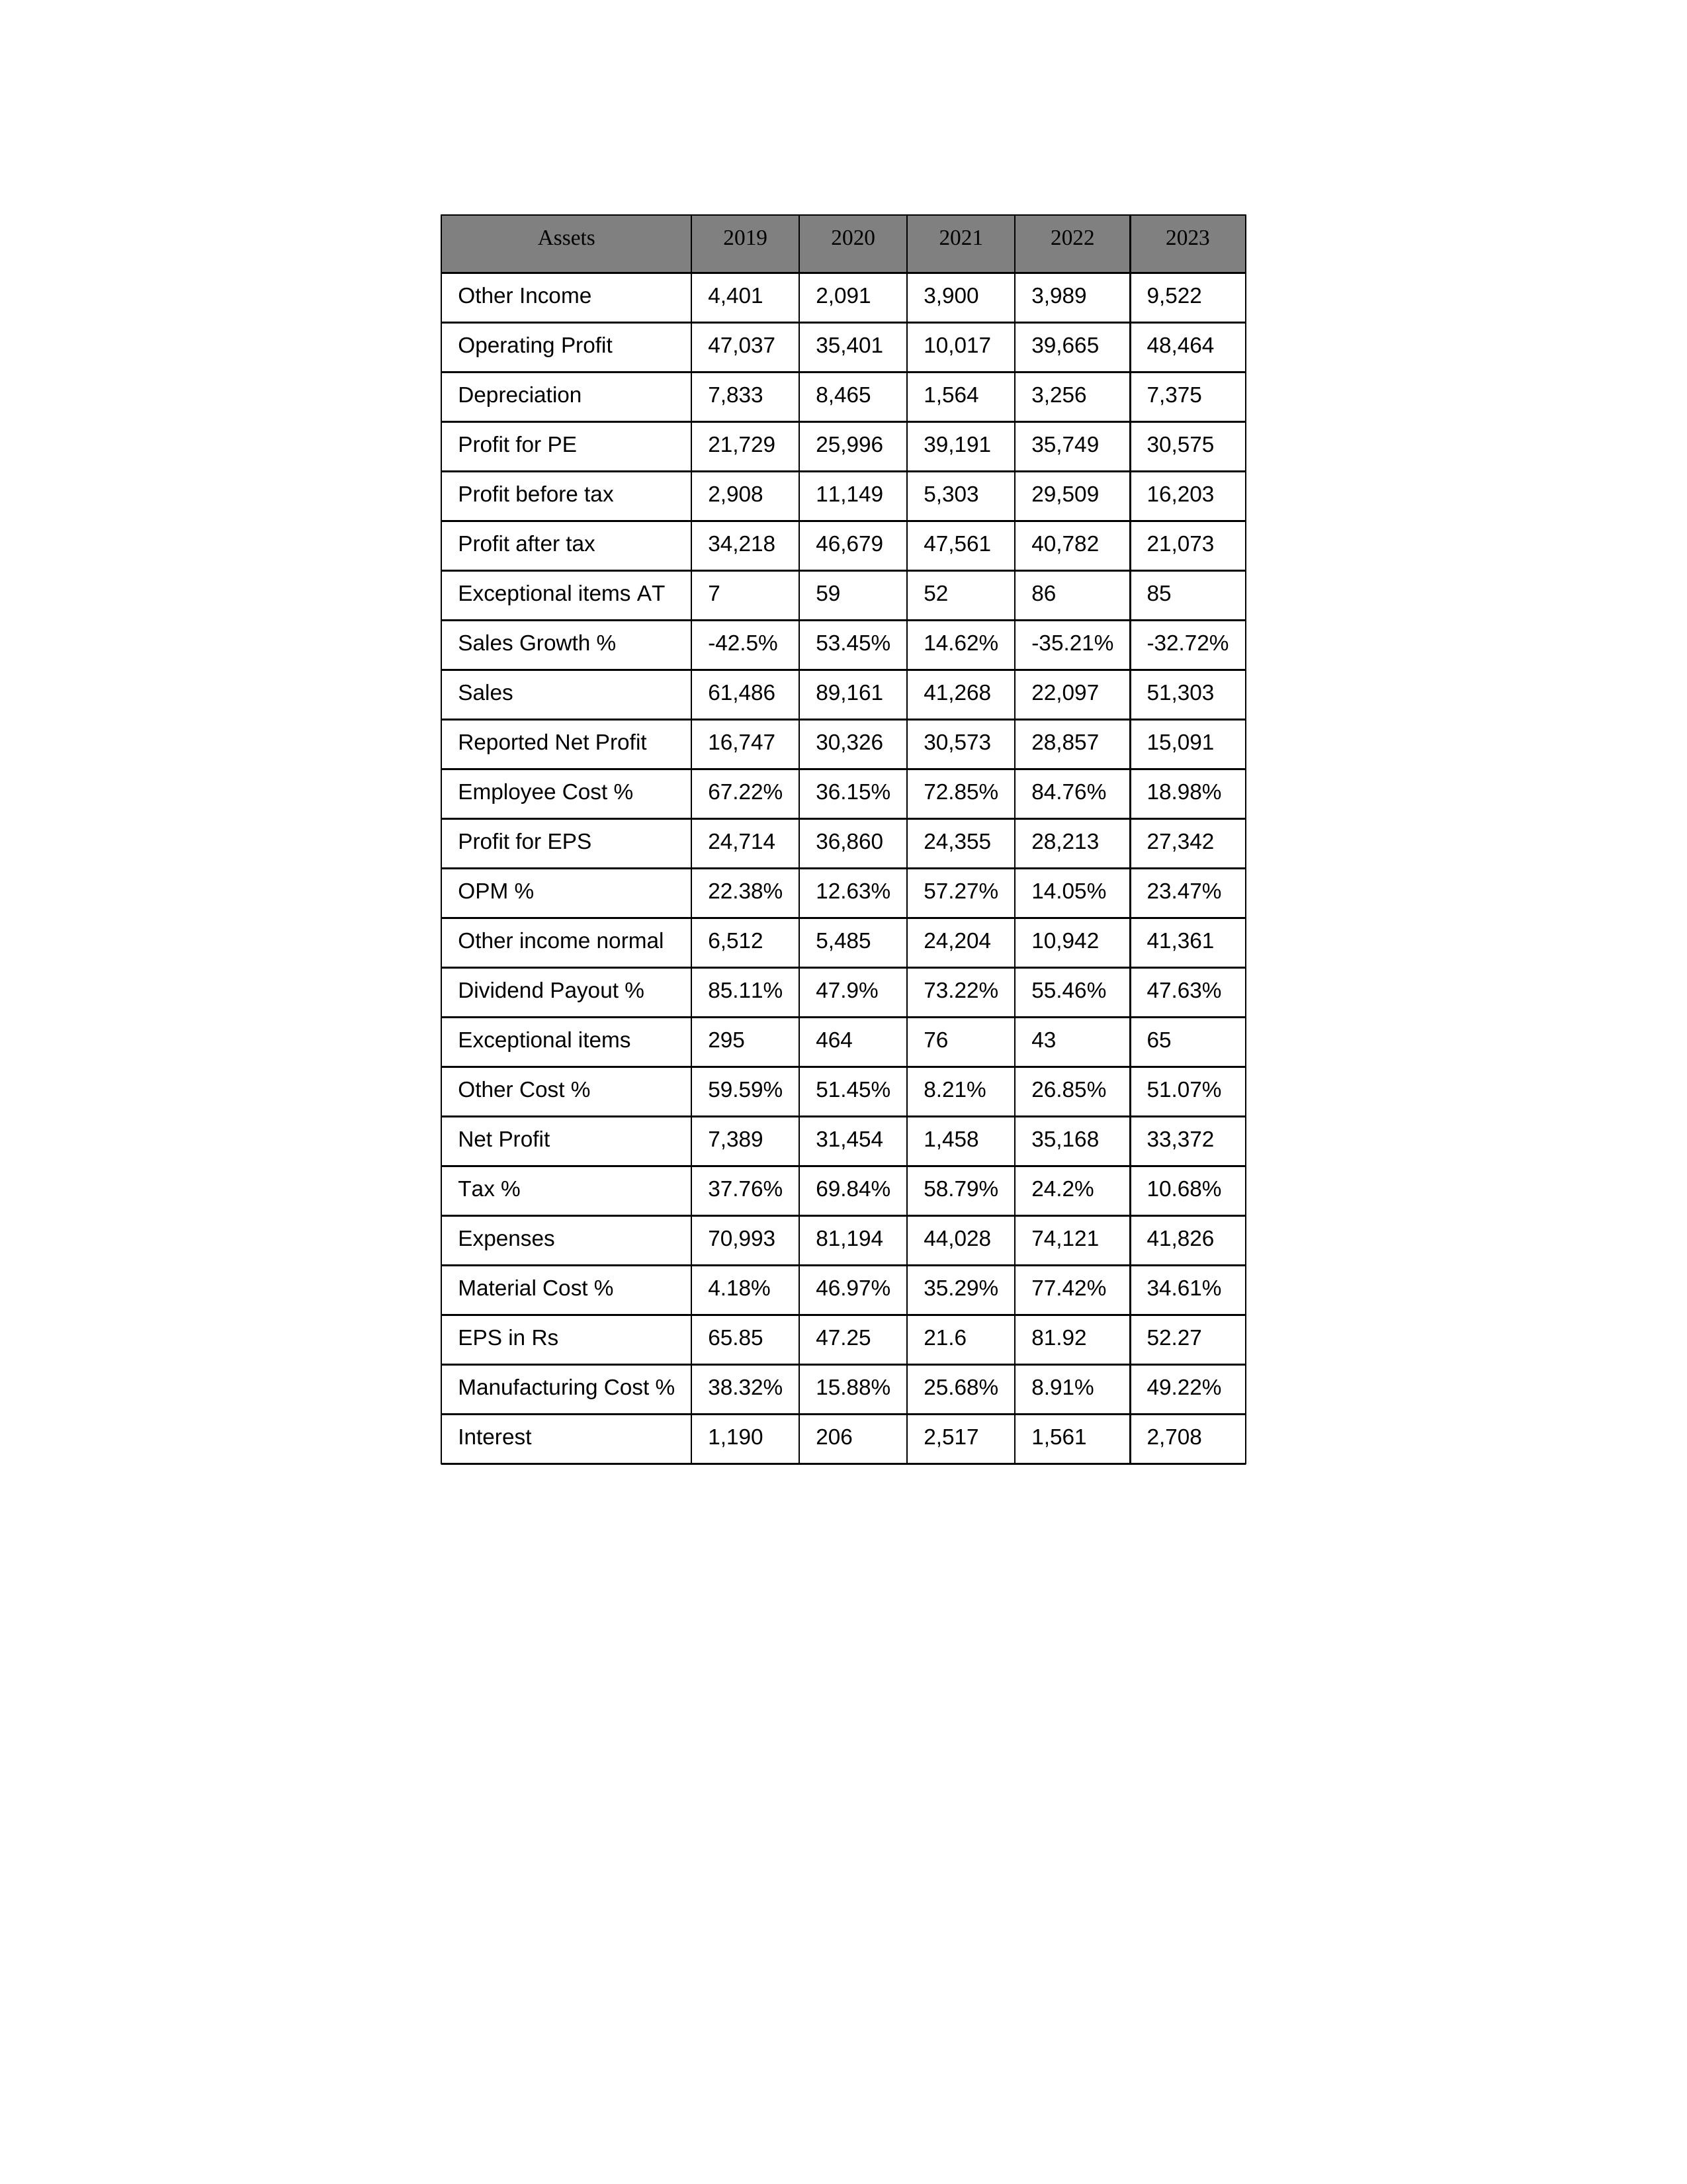
gt_parse: 2019: Sales: 61,486
Sales Growth %: -42.5%
Expenses: 70,993
Material Cost %: 4.18%
Manufacturing Cost %: 38.32%
Employee Cost %: 67.22%
Other Cost %: 59.59%
Operating Profit: 47,037
OPM %: 22.38%
Other Income: 4,401
Exceptional items: 295
Other income normal: 6,512
Interest: 1,190
Depreciation: 7,833
Profit before tax: 2,908
Tax %: 37.76%
Net Profit: 7,389
Profit after tax: 34,218
Reported Net Profit: 16,747
Profit for EPS: 24,714
Exceptional items AT: 7
Profit for PE: 21,729
EPS in Rs: 65.85
Dividend Payout %: 85.11%
2020: Sales: 89,161
Sales Growth %: 53.45%
Expenses: 81,194
Material Cost %: 46.97%
Manufacturing Cost %: 15.88%
Employee Cost %: 36.15%
Other Cost %: 51.45%
Operating Profit: 35,401
OPM %: 12.63%
Other Income: 2,091
Exceptional items: 464
Other income normal: 5,485
Interest: 206
Depreciation: 8,465
Profit before tax: 11,149
Tax %: 69.84%
Net Profit: 31,454
Profit after tax: 46,679
Reported Net Profit: 30,326
Profit for EPS: 36,860
Exceptional items AT: 59
Profit for PE: 25,996
EPS in Rs: 47.25
Dividend Payout %: 47.9%
2021: Sales: 41,268
Sales Growth %: 14.62%
Expenses: 44,028
Material Cost %: 35.29%
Manufacturing Cost %: 25.68%
Employee Cost %: 72.85%
Other Cost %: 8.21%
Operating Profit: 10,017
OPM %: 57.27%
Other Income: 3,900
Exceptional items: 76
Other income normal: 24,204
Interest: 2,517
Depreciation: 1,564
Profit before tax: 5,303
Tax %: 58.79%
Net Profit: 1,458
Profit after tax: 47,561
Reported Net Profit: 30,573
Profit for EPS: 24,355
Exceptional items AT: 52
Profit for PE: 39,191
EPS in Rs: 21.6
Dividend Payout %: 73.22%
2022: Sales: 22,097
Sales Growth %: -35.21%
Expenses: 74,121
Material Cost %: 77.42%
Manufacturing Cost %: 8.91%
Employee Cost %: 84.76%
Other Cost %: 26.85%
Operating Profit: 39,665
OPM %: 14.05%
Other Income: 3,989
Exceptional items: 43
Other income normal: 10,942
Interest: 1,561
Depreciation: 3,256
Profit before tax: 29,509
Tax %: 24.2%
Net Profit: 35,168
Profit after tax: 40,782
Reported Net Profit: 28,857
Profit for EPS: 28,213
Exceptional items AT: 86
Profit for PE: 35,749
EPS in Rs: 81.92
Dividend Payout %: 55.46%
2023: Sales: 51,303
Sales Growth %: -32.72%
Expenses: 41,826
Material Cost %: 34.61%
Manufacturing Cost %: 49.22%
Employee Cost %: 18.98%
Other Cost %: 51.07%
Operating Profit: 48,464
OPM %: 23.47%
Other Income: 9,522
Exceptional items: 65
Other income normal: 41,361
Interest: 2,708
Depreciation: 7,375
Profit before tax: 16,203
Tax %: 10.68%
Net Profit: 33,372
Profit after tax: 21,073
Reported Net Profit: 15,091
Profit for EPS: 27,342
Exceptional items AT: 85
Profit for PE: 30,575
EPS in Rs: 52.27
Dividend Payout %: 47.63%